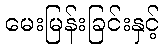
မေးမြန်းခြင်းနှင့်